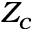
Z _ { c }